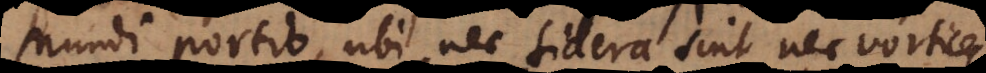
Mundi portio, ubi nec sidera sint nec vortices,